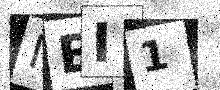
Text: IEI1